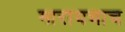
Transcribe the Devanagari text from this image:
मारायचाच